Lunatic asylums Punjab 1881-1894 - 1881-1894
Year: 1881
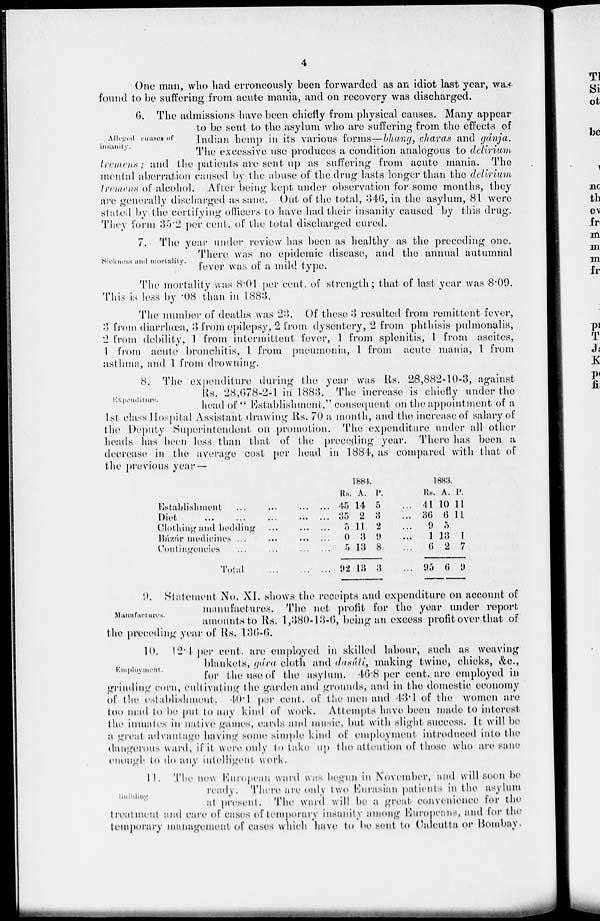
4
One man, who had erroneously been forwarded as an idiot last year, was
found to be suffering from acute mania, and on recovery was discharged.
Alleged
causes
of
insanity.
6. The admissions have been chiefly from physical causes. Many appear
to be sent to the asylum who are suffering from the effects of
Indian hemp in its various forms—bhang, charas and gánja.
The excessive use produces a condition analogous to delirium
tremens; and the patients are sent up as suffering from acute mania. The
mental aberration caused by the abuse of the drug lasts longer than the delirium
tremens of alcohol. After being kept under observation for some months, they
are generally discharged as sane. Out of the total, 346, in the asylum, 81 were
stated by the certifying officers to have had their insanity caused by this drug.
They form 35.2 per cent. of the total discharged cured.
Sickness and mortality.
7. The year under review has been as healthy as the preceding one.
There was no epidemic disease, and the annual autumnal
fever was of a mild type.
The mortality was 8.01 per cent. of strength; that of last year was 8.09.
This is less by .08 than in 1883.
The number of deaths was 23. Of these 3 resulted from remittent fever,
3 from diarrhœa, 3 from epilepsy, 2 from dysentery, 2 from phthisis pulmonalis,
2 from debility, 1 from intermittent fever, 1 from splenitis, 1 from ascites,
1 from acute bronchitis, 1 from pneumonia, 1 from acute mania, 1 from
asthma, and 1 from drowning.
Expenditure.
8. The expenditure during the year was Rs. 28,882-10-3, against
Rs. 28,678-2-1 in 1883. The increase is chiefly under the
head of "Establishment," consequent on the appointment of a
1st class Hospital Assistant drawing Rs. 70 a month, and the increase of salary of
the Deputy Superintendent on promotion. The expenditure under all other
heads has been less than that of the preceding year. There has been a
decrease in the average cost per head in 1884, as compared with that of
the previous year —
Establishment
...
...
...
...
Diet
...
...
...
...
...
Clothing and bedding ...
...
...
Bázár medicines ...
...
...
...
Contingencies
...
...
...
...
Total
...
...
...
1884.
Rs.
45
35
5
0
5
92
A.
14
2
11
3
13
13
P.
5
3
2
9
8
3
...
...
...
... ...
...
1883.
Rs.
41
36
9
1 6
95
A.
10
6
5
13 2
6
P.
11
11
1
7
9
Manufactures.
9. Statement No. XI. shows the receipts and expenditure on account of
manufactures. The net profit for the year under report
amounts to Rs. 1,380-13-6, being an excess profit over that of
the preceding year of Rs. 136-6.
Employment.
10. 12.4 per cent. are employed in skilled labour, such as weaving
blankets, gára cloth and dasúti, making twine, chicks, &c.,
for the use of the asylum. 46.8 per cent. are employed in
grinding corn, cultivating the garden and grounds, and in the domestic economy
of the establishment. 40.1 per cent. of the men and 43.1 of the women are
too mad to be put to any kind of work. Attempts have been made to interest
the inmates in native games, cards and music, but with slight success. It will be
a great advantage having some simple kind of employment introduced into the
dangerous ward, if it were only to take up the attention of those who are sane
enough to do any intelligent work.
Building.
11. The new European ward was begun in November, and will soon be
ready. There are only two Eurasian patients in the asylum
at present. The ward will be a great convenience for the
treatment and care of cases of temporary insanity among Europeans, and for the
temporary management of cases which have to be sent to Calcutta or Bombay.